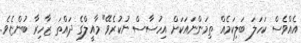
އެއްވެސް ކަހަލަ ބަލިކަމެއް ތިމަންނައަކަށް އިހުސާސް ނުކުރެވޭ" މާއީލްގެ ދައްތަ ޒާހިރާ ބުންޏެވެ.